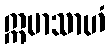
ဣမာသာဟံ